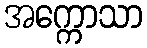
အက္ကောသာ